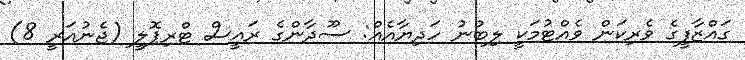
ގައްޒާފީގެ ވެރިކަން ވެއްޓުމަކީ ލިބުނު ހަދިޔާއެއް: ސޫދާންގެ ރައީސް ޓްރިޕޮލީ (ޖެނުއަރީ 8)